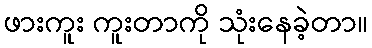
ဖားကူး ကူးတာကို သုံးနေခဲ့တာ။